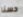
حسنا